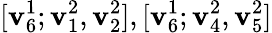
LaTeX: [\mathbf{v}_{6}^{1};\mathbf{v}_{1}^{2},\mathbf{v}_{2}^{2}],[\mathbf{v}_{6}^{1};\mathbf{v}_{4}^{2},\mathbf{v}_{5}^{2}]